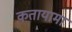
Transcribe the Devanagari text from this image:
कतायामा